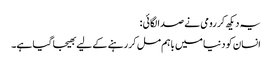
یہ دیکھ کر رومی نے صدا لگائی :
انسان کو دنیا میں باہم مل کر رہنے کے لیے بھیجا گیا ہے۔